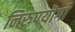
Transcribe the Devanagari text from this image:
निरुपयॊगी